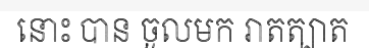
នោះ បាន ចូលមក រាតត្បាត